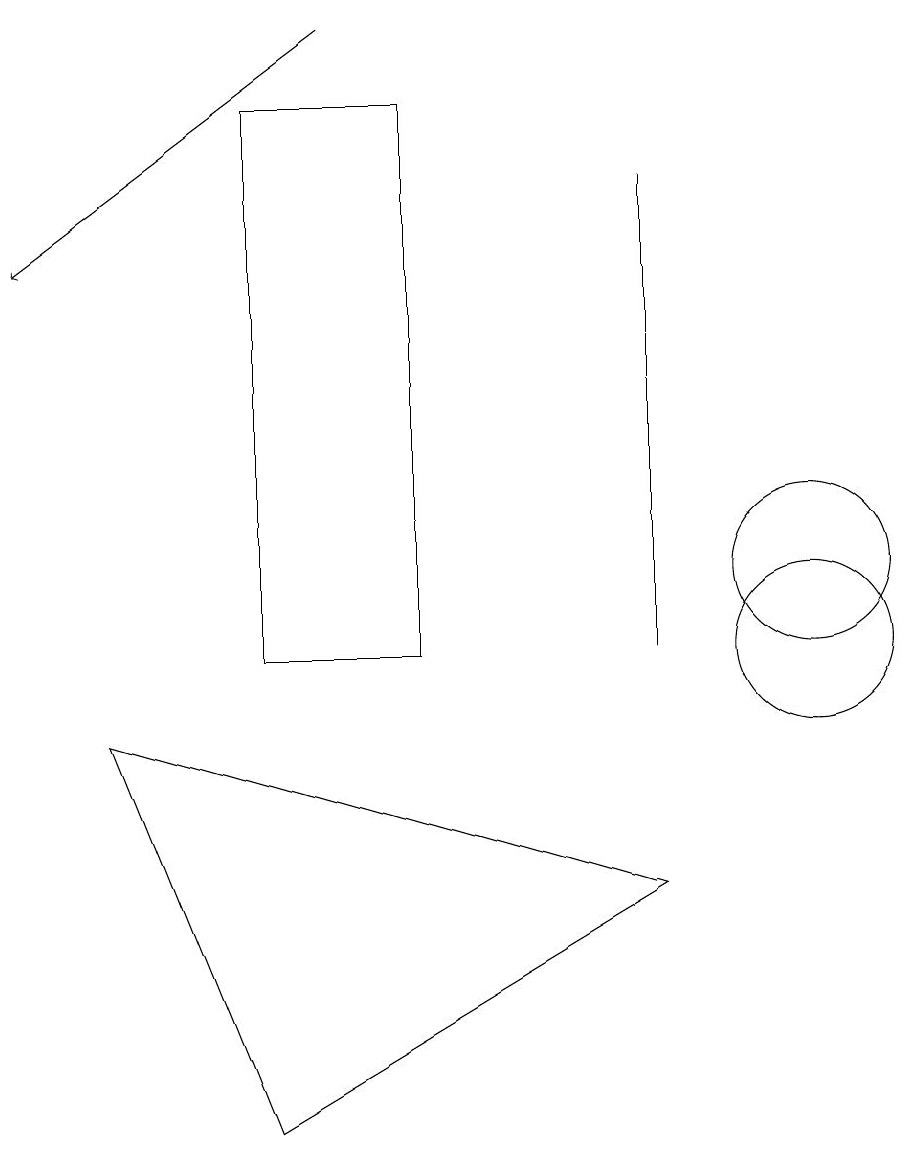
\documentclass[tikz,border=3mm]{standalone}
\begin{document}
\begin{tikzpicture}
\draw (10,11) circle (1);
\draw (10,10) circle (1);
\draw (1,9) -- (3,4) -- (8,7) -- cycle;
\draw[->] (4,18) -- (0,15);
\draw (5,10) rectangle (3,17);
\draw (8,10) rectangle (8,16);
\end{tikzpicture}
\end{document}